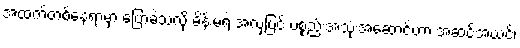
အထက်တစ်နေရာမှာ ပြောခဲ့သလို မိန်းမရဲ့ အလှပြင် ပစ္စည်းအသုံးအဆောင်ဟာ အဆင်အယင်၊